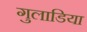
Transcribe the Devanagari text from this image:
गुलाडिया